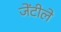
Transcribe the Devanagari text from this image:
जेंटीले